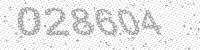
Solution: 028604